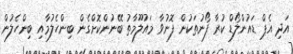
އަދި އެޕް ޑައުންލޯޑް ކުރާ ފޯނުތަކުން ފޮނުވާ މައުލޫމާތު ބޭނުންކޮށްގެން ބިންހެލުމާއި ބިންހެލުން